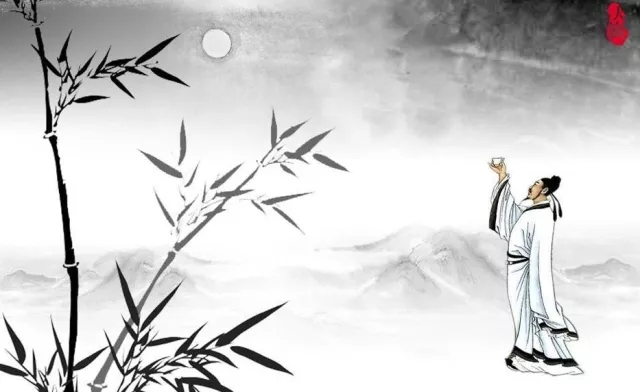
日色已尽花含烟，月明欲素愁不眠。